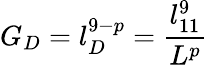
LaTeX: G_{D}=l_{D}^{9-p}=\frac{l_{11}^{9}}{L^{p}}